Preliminary report on an investigation into the etiology of Oriental sore in Cambay - Number 50
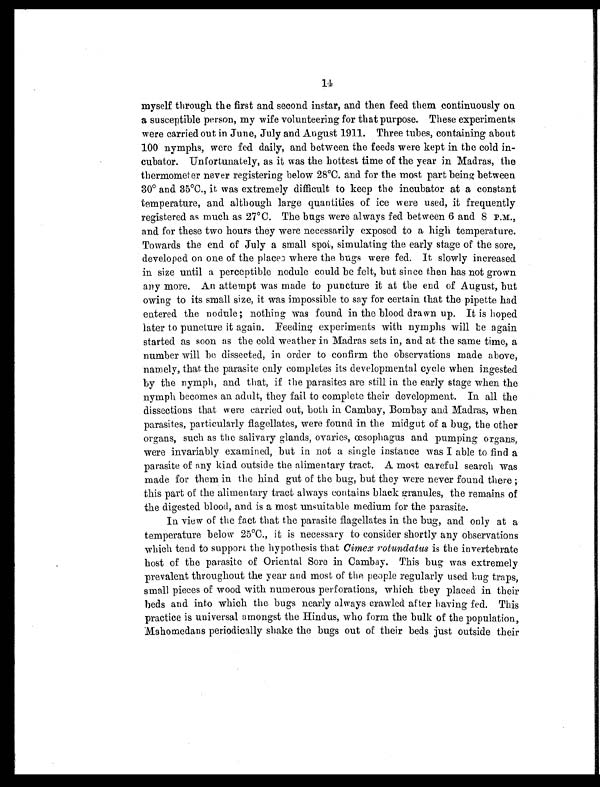
14
myself through the first and second instar, and then feed them continuously on
a susceptible person, my wife volunteering for that purpose. These experiments
were carried out in June, July and August 1911. Three tubes, containing about
100 nymphs, were fed daily, and between the feeds were kept in the cold in-
cubator. Unfortunately, as it was the hottest time of the year in Madras, the
thermometer never registering below 28°C. and for the most part being between
30° and 35°C., it was extremely difficult to keep the incubator at a constant
temperature, and although large quantities of ice were used, it frequently
registered as much as 27°C. The bugs were always fed between 6 and 8 P.M.,
and for these two hours they were necessarily exposed to a high temperature.
Towards the end of July a small spot, simulating the early stage of the sore,
developed on one of the places where the bugs were fed. It slowly increased
in size until a perceptible nodule could be felt, but since then has not grown
any more. An attempt was made to puncture it at the end of August, but
owing to its small size, it was impossible to say for certain that the pipette had
entered the nodule; nothing was found in the blood drawn up. It is hoped
later to puncture it again. Feeding experiments with nymphs will be again
started as soon as the cold weather in Madras sets in, and at the same time, a
number will be dissected, in order to confirm the observations made above,
namely, that the parasite only completes its developmental cycle when ingested
by the nymph, and that, if the parasites are still in the early stage when the
nymph becomes an adult, they fail to complete their development. In all the
dissections that were carried out, both in Cambay, Bombay and Madras, when
parasites, particularly flagellates, were found in the midgut of a bug, the other
organs, such as the salivary glands, ovaries, œsophagus and pumping organs,
were invariably examined, but in not a single instance was I able to find a
parasite of any kind outside the alimentary tract. A most careful search was
made for them in the hind gut of the bug, but they were never found there ;
this part of the alimentary tract always contains black granules, the remains of
the digested blood, and is a most unsuitable medium for the parasite.
In view of the fact that the parasite flagellates in the bug, and only at a
temperature below 25°C., it is necessary to consider shortly any observations
which tend to support the hypothesis that Cimex rotundatus is the invertebrate
host of the parasite of Oriental Sore in Cambay. This bug was extremely
prevalent throughout the year and most of the people regularly used bug traps,
small pieces of wood with numerous perforations, which they placed in their
beds and into which the bugs nearly always crawled after having fed. This
practice is universal amongst the Hindus, who form the bulk of the population,
Mahomedans periodically shake the bugs out of their beds just outside their